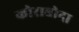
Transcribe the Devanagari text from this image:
कोराबोदा